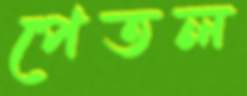
পেতল